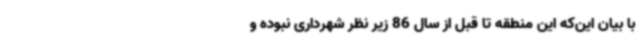
با بیان این‌که این منطقه تا قبل از سال 86 زیر نظر شهرداری نبوده و